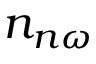
{ n } _ { n \omega }